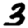
Digit: 3